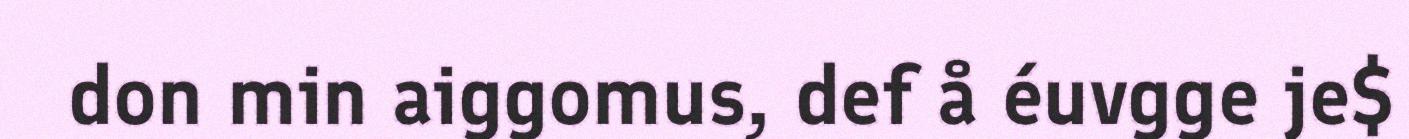
don min aiggomus, def å éuvgge je$